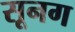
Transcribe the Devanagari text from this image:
सूनग